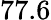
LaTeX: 77.6